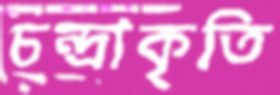
চন্দ্রাকৃতি